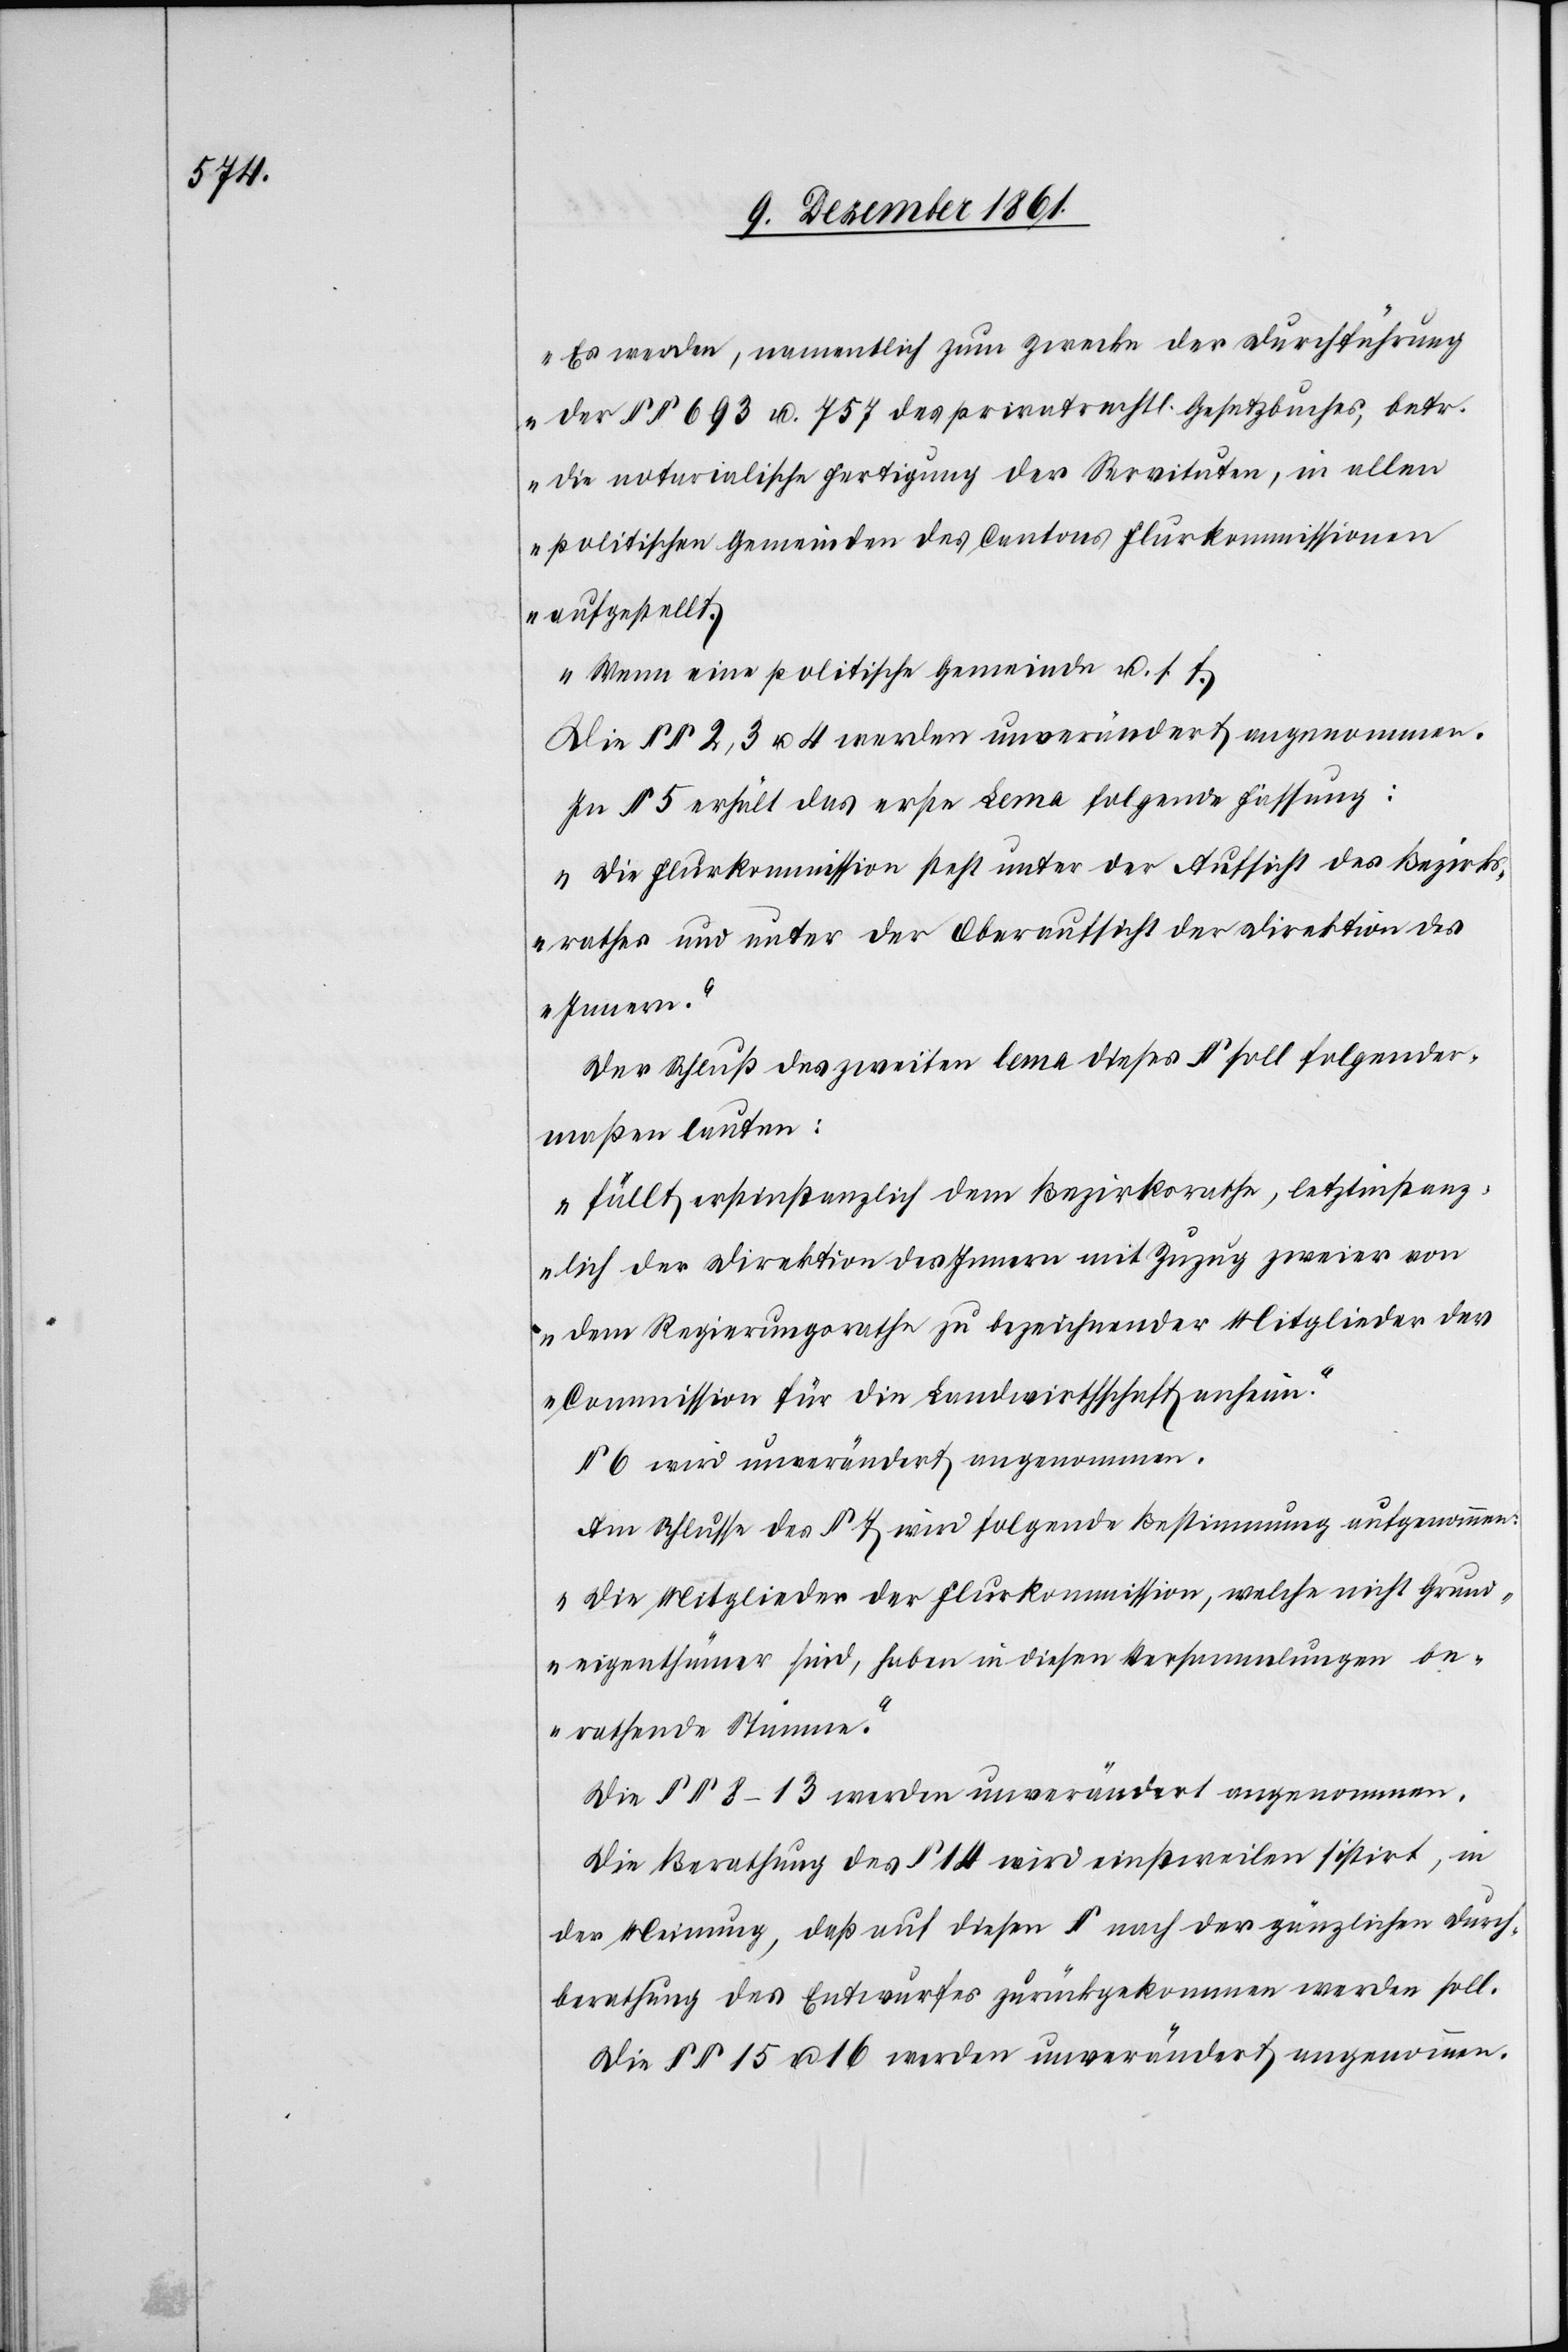
„Es werden, namentlich zum Zwecke der Durchführung
der §§ 693 u. 757 des privatrechtl. Gesetzbuches, betr.
die notarialische Fertigung der Servituten, in allen
politischen Gemeinden des Cantons Flurkommissionen
aufgestellt.
Wenn eine politische Gemeinde u. s.
Die §§ 2, 3 u. 4 werden unverändert angenommen.
In § 5 erhält das erste Lema folgende Fassung:
„Die Flurkommission steht unter der Aufsicht des Bezirks¬
rathes und unter der Oberaufsicht der Direktion des
Innern.“
Der Schluß des zweiten lema dieses § soll folgender¬
maßen lauten:
„Fällt erstinstanzlich dem Bezirksrathe, letztinstanz¬
lich der Direktion des Innern mit Zuzug zweier von
dem Regierungsrathe zu bezeichnender Mitglieder der
Commission für die Landwirthschaft anheim.“
§ 6 wird unverändert angenommen.
Am Schlusse des § 7 wird folgende Bestimmung aufgenommen:
„Die Mitglieder der Flurkommission, welche nicht Grund¬
eigenthümer sind, haben in diesen Versammlungen be¬
rathende Stimme.“
Die § 8–13 werden unverändert angenommen.
Die Berathung des § 14 wird einstweilen sistirt, in
der Meinung, daß auf diesen § nach der gänzlichen Durch¬
berathung des Entwurfes zurückgekommen werden soll.
Die §§ 15 u. 16 werden unverändert angenommen.